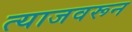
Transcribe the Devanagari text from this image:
त्याजवरून